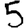
Digit: 5